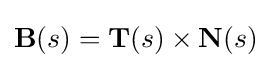
\mathbf {B} (s)=\mathbf {T} (s)\times \mathbf {N} (s)